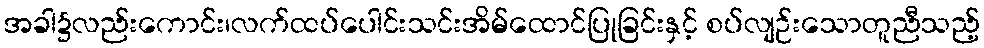
အခါ၌လည်းကောင်း၊လက်ထပ်ပေါင်းသင်းအိမ်ထောင်ပြုခြင်းနှင့် စပ်လျဉ်းသောတူညီသည့်